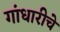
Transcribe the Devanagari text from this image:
गांधारीचे